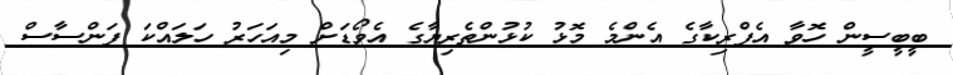
ބީބީސީން ހޮވާ އެފްރިކާގެ އެންމެ މޮޅު ކުޅުންތެރިޔާގެ އެވޯޑަށް މިއަހަރު ހަލައްކަ ފަންސާސް